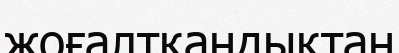
жоғалтқандықтан